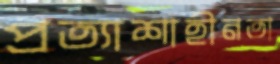
প্রত্যাশাহীনতা